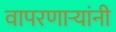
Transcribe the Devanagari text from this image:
वापरणार्‍यांनी